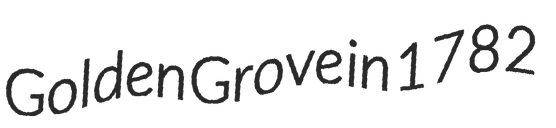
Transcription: Golden Grove in 1782